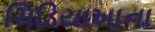
ચિડિયાખાના